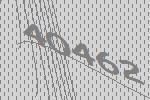
40462